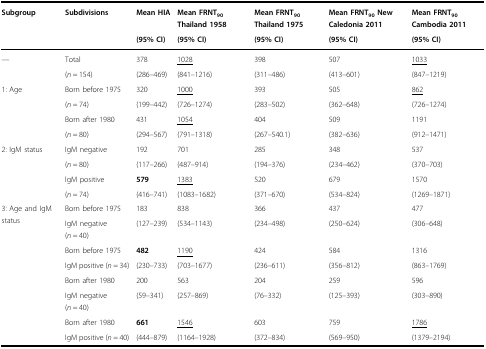
<table><thead><tr><td><b>Subgroup</b></td><td><b>Subdivisions</b></td><td><b>Mean HIA</b></td><td><b>Mean FRNT<sub>90</sub> Thailand 1958</b></td><td><b>Mean FRNT<sub>90</sub> Thailand 1975</b></td><td><b>Mean FRNT<sub>90</sub> New Caledonia 2011</b></td><td><b>Mean FRNT<sub>90</sub> Cambodia 2011</b></td></tr><tr><td></td><td></td><td><b>(95% CI)</b></td><td><b>(95% CI)</b></td><td><b>(95% CI)</b></td><td><b>(95% CI)</b></td><td><b>(95% CI)</b></td></tr></thead><tbody><tr><td>—</td><td>Total</td><td>378</td><td><underline>1028</underline></td><td>398</td><td>507</td><td><underline>1033</underline></td></tr><tr><td></td><td>(<i>n</i> = 154)</td><td>(286–469)</td><td>(841–1216)</td><td>(311–486)</td><td>(413–601)</td><td>(847–1219)</td></tr><tr><td rowspan="4">1: Age</td><td>Born before 1975</td><td>320</td><td><underline>1000</underline></td><td>393</td><td>505</td><td><underline>862</underline></td></tr><tr><td>(<i>n</i> = 74)</td><td>(199–442)</td><td>(726–1274)</td><td>(283–502)</td><td>(362–648)</td><td>(726–1274)</td></tr><tr><td>Born after 1980</td><td>431</td><td><underline>1054</underline></td><td>404</td><td>509</td><td><b><underline>1191</underline></b></td></tr><tr><td>(<i>n</i> = 80)</td><td>(294–567)</td><td>(791–1318)</td><td>(267–540.1)</td><td>(382–636)</td><td>(912–1471)</td></tr><tr><td rowspan="4">2: IgM status</td><td>IgM negative</td><td>192</td><td>701</td><td>285</td><td>348</td><td>537</td></tr><tr><td>(<i>n</i> = 80)</td><td>(117–266)</td><td>(487–914)</td><td>(194–376)</td><td>(234–462)</td><td>(370–703)</td></tr><tr><td>IgM positive</td><td><b>579</b></td><td><underline>1383</underline></td><td>520</td><td>679</td><td><b><underline>1570</underline></b></td></tr><tr><td>(<i>n</i> = 74)</td><td>(416–741)</td><td>(1083–1682)</td><td>(371–670)</td><td>(534–824)</td><td>(1269–1871)</td></tr><tr><td rowspan="8">3: Age and IgM status</td><td>Born before 1975</td><td>183</td><td>838</td><td>366</td><td>437</td><td>477</td></tr><tr><td>IgM negative (<i>n</i> = 40)</td><td>(127–239)</td><td>(534–1143)</td><td>(234–498)</td><td>(250–624)</td><td>(306–648)</td></tr><tr><td>Born before 1975</td><td><b>482</b></td><td><underline>1190</underline></td><td>424</td><td>584</td><td><b><underline>1316</underline></b></td></tr><tr><td>IgM positive (<i>n</i> = 34)</td><td>(230–733)</td><td>(703–1677)</td><td>(236–611)</td><td>(356–812)</td><td>(863–1769)</td></tr><tr><td>Born after 1980</td><td>200</td><td>563</td><td>204</td><td>259</td><td>596</td></tr><tr><td>IgM negative (<i>n</i> = 40)</td><td>(59–341)</td><td>(257–869)</td><td>(76–332)</td><td>(125–393)</td><td>(303–890)</td></tr><tr><td>Born after 1980</td><td><b>661</b></td><td><underline>1546</underline></td><td>603</td><td>759</td><td><underline>1786</underline></td></tr><tr><td>IgM positive (<i>n</i> = 40)</td><td>(444–879)</td><td>(1164–1928)</td><td>(372–834)</td><td>(569–950)</td><td>(1379–2194)</td></tr></tbody></table>